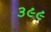
૩૯૯